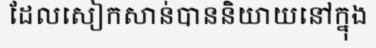
ដែលសៀកសាន់បាននិយាយនៅក្នុង